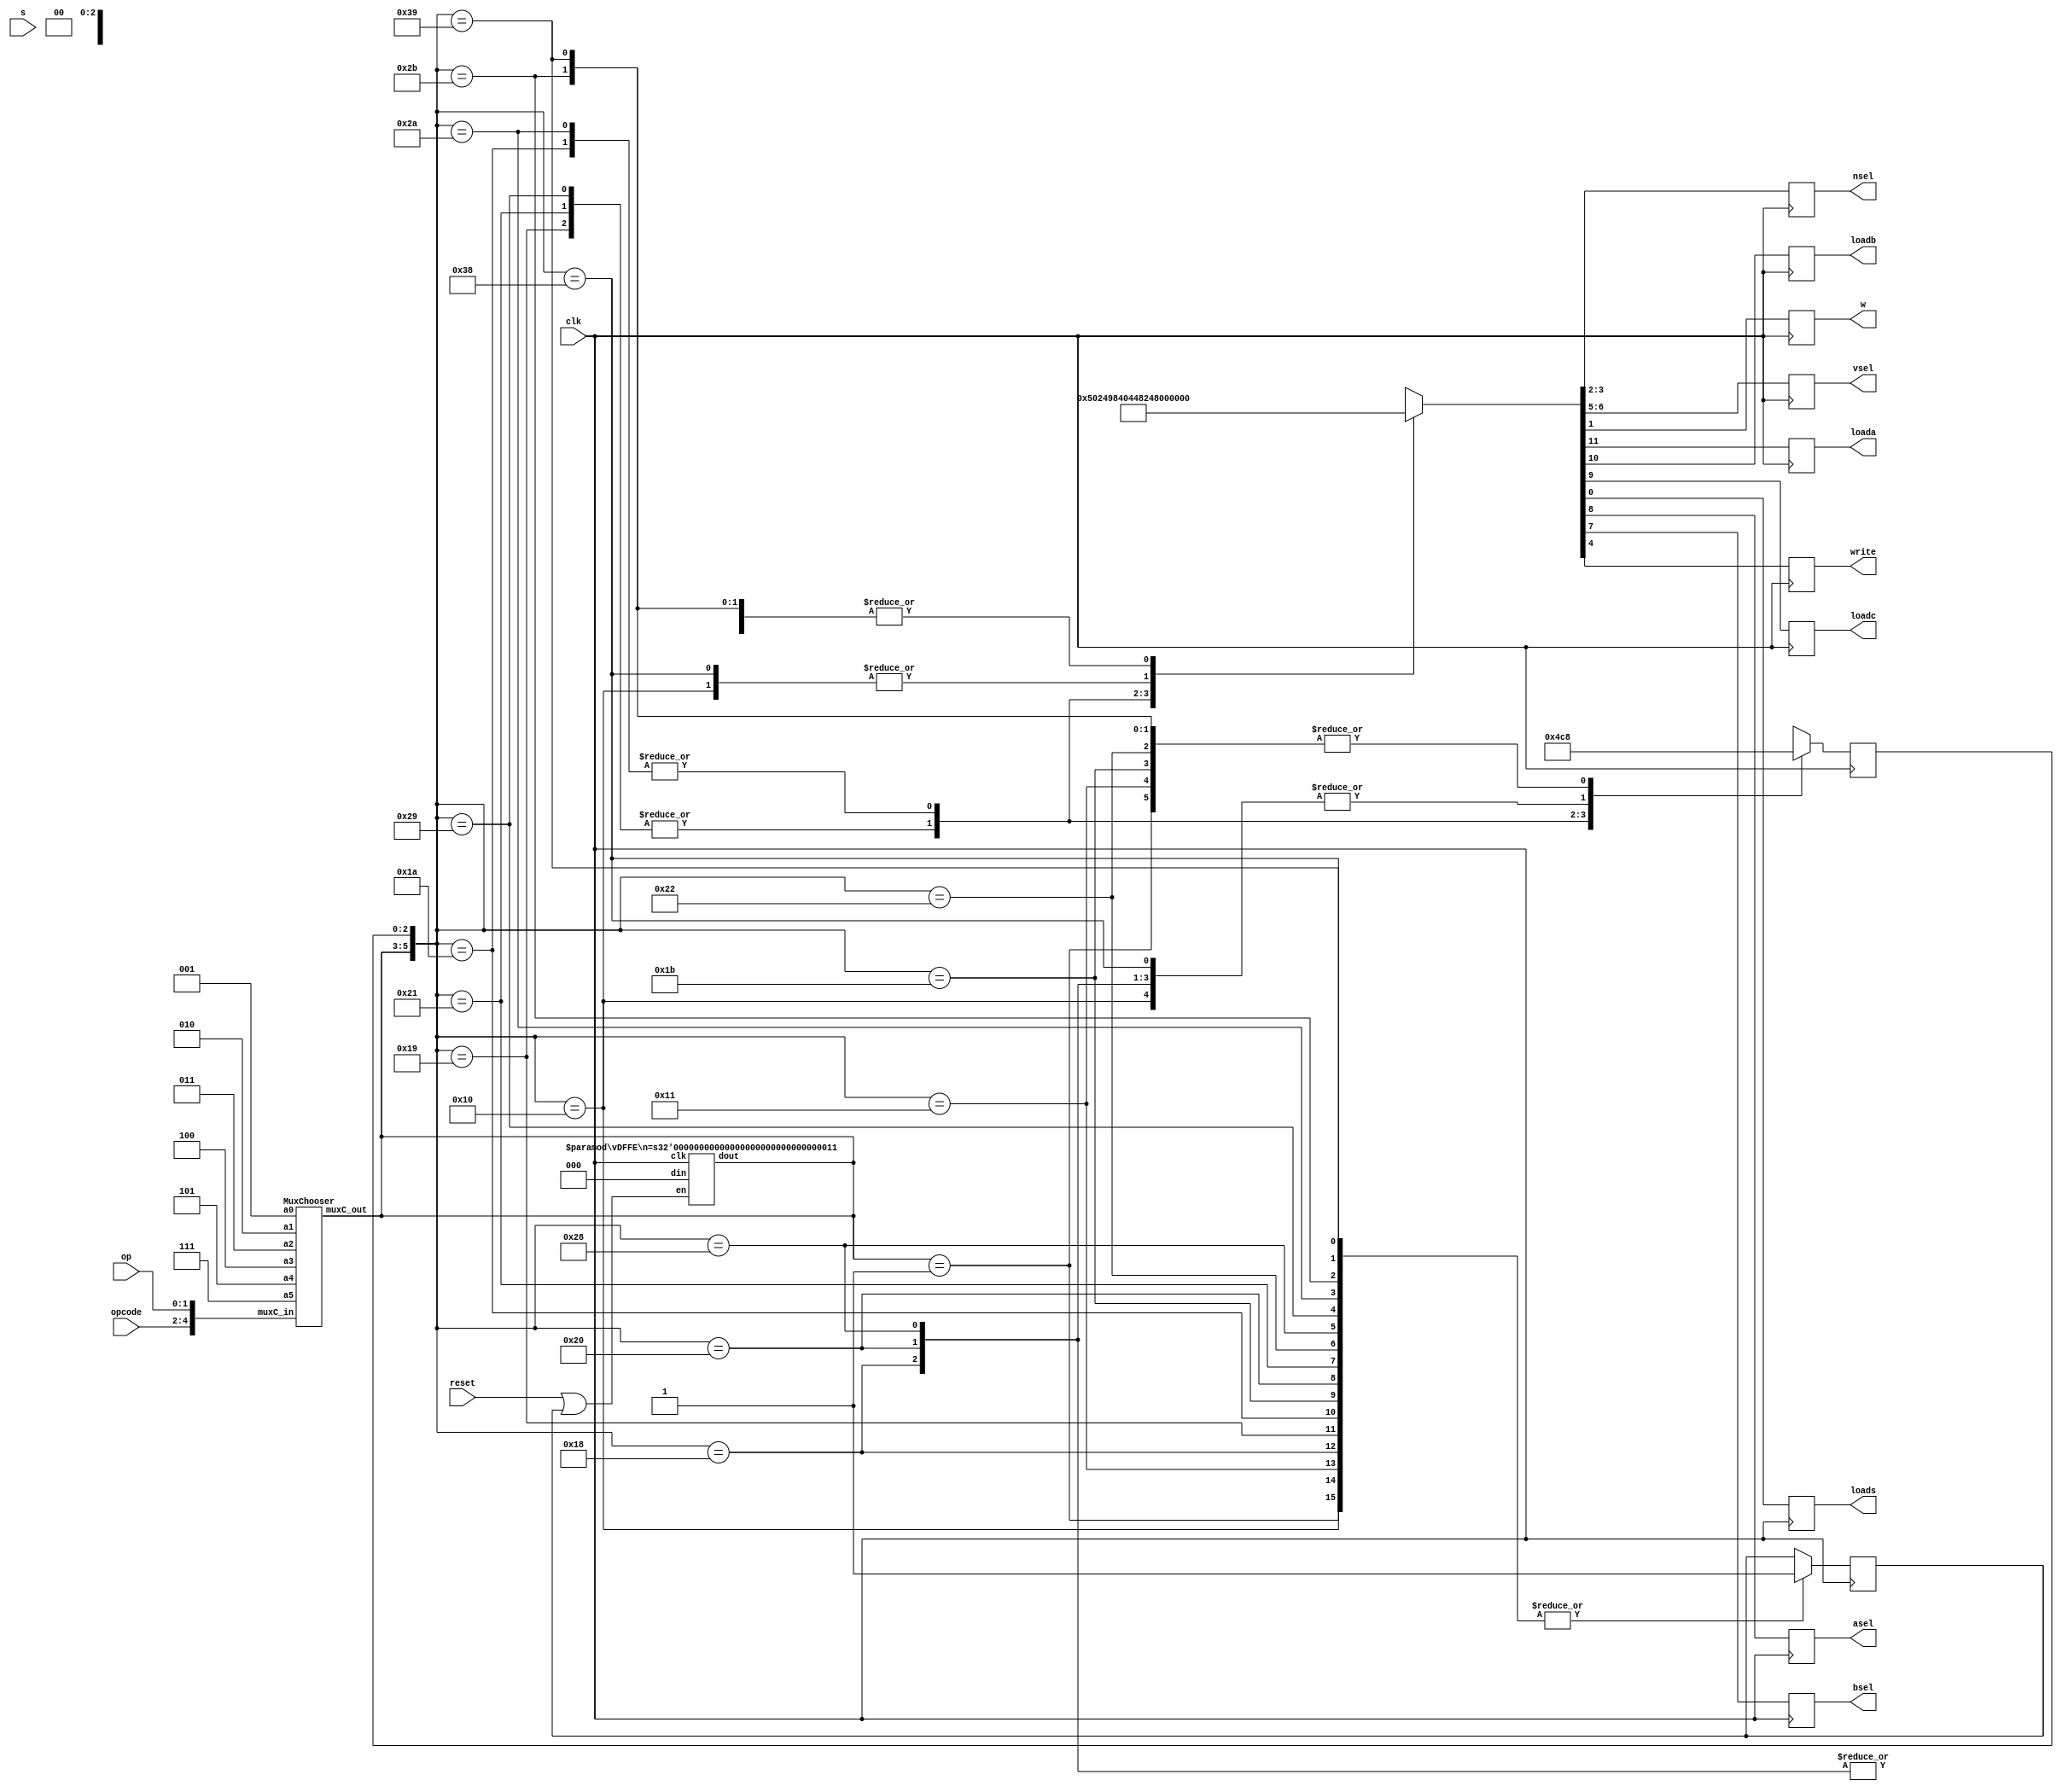
`define WAIT 3'b000 
`define MOVRn 3'b001
`define MOVRd 3'b010
`define ADD 3'b011
`define CMP 3'b100
`define AND 3'b101
`define MVN 3'b111

//FINITE STATE MACHINE 
module FSM_chooser(clk, s, reset, opcode, op, nsel, w, loada, loadb, loadc, loads, asel, bsel, write, vsel);
  //inputs and outputs
  input clk, s, reset;
  input [2:0] opcode;
  input [1:0] op;
  
  output [1:0] nsel, vsel;
  output w, loada, loadb, loadc, loads, asel, bsel, write;
  
  reg loada, loadb, loadc, loads, asel, bsel, write, w;
  reg [1:0] nsel, vsel; 
  reg [2:0] step;
  reg [2:0] next_state;

  reg custom;

  wire [2:0] chosenOne;
  wire wANDs = w & s;
  
  MuxChooser choose(`MVN, `AND, `CMP, `ADD, `MOVRd, `MOVRn, {opcode, op}, chosenOne);
  vDFFE #(3) vSelFF(clk, resetOrcustom, `WAIT, chosenOne);

  assign resetOrcustom = reset | custom;

  always @(posedge clk) begin
    next_state  = chosenOne;
    casex ({next_state, step}) 
      {`MOVRn, 3'bx}: {loada, loadb, loadc, asel, bsel, vsel, write, nsel, w, loads, custom, step} = {12'b0_0_0_0_0_10_1_00_0_0, 1'b1, 3'd0};
       
      {`MOVRd, 3'd0}: {loada, loadb, loadc, asel, bsel, vsel, write, nsel, w, loads, custom, step} = {12'b0_1_1_1_0_10_0_10_0_0, 1'b1, 3'd1};
      {`MOVRd, 3'd1}: {loada, loadb, loadc, asel, bsel, vsel, write, nsel, w, loads, custom, step} = {12'b0_0_0_0_0_00_1_01_0_0, 1'b1, 3'd0};
        
      {`ADD, 3'd0}: {loada, loadb, loadc, asel, bsel, vsel, write, nsel, w, loads, custom, step} = {12'b1_0_0_0_0_10_0_00_0_0, 1'b1, 3'd1};
      {`ADD, 3'd1}: {loada, loadb, loadc, asel, bsel, vsel, write, nsel, w, loads, custom, step} = {12'b0_1_0_0_0_10_0_10_0_0, 1'b1, 3'd2};
      {`ADD, 3'd2}: {loada, loadb, loadc, asel, bsel, vsel, write, nsel, w, loads, custom, step} = {12'b0_0_1_0_0_10_0_10_0_0, 1'b1, 3'd3};
      {`ADD, 3'd3}: {loada, loadb, loadc, asel, bsel, vsel, write, nsel, w, loads, custom, step} = {12'b0_0_0_0_0_00_1_01_0_0, 1'b1, 3'd0};
        
      {`CMP, 3'd0}: {loada, loadb, loadc, asel, bsel, vsel, write, nsel, w, loads, custom, step} = {12'b1_0_0_0_0_10_0_00_0_0, 1'b1, 3'd1};
      {`CMP, 3'd1}: {loada, loadb, loadc, asel, bsel, vsel, write, nsel, w, loads, custom, step} = {12'b0_1_0_0_0_10_0_10_0_0, 1'b1, 3'd2};
      {`CMP, 3'd2}: {loada, loadb, loadc, asel, bsel, vsel, write, nsel, w, loads, custom, step} = {12'b0_0_1_0_0_10_0_10_0_1, 1'b1, 3'd0};
        
      {`AND, 3'd0}: {loada, loadb, loadc, asel, bsel, vsel, write, nsel, w, loads, custom, step} = {12'b1_0_0_0_0_10_0_00_0_0, 1'b1, 3'd1};
      {`AND, 3'd1}: {loada, loadb, loadc, asel, bsel, vsel, write, nsel, w, loads, custom, step} = {12'b0_1_0_0_0_10_0_10_0_0, 1'b1, 3'd2};
      {`AND, 3'd2}: {loada, loadb, loadc, asel, bsel, vsel, write, nsel, w, loads, custom, step} = {12'b0_0_1_0_0_10_0_10_0_0, 1'b1, 3'd3};
      {`AND, 3'd3}: {loada, loadb, loadc, asel, bsel, vsel, write, nsel, w, loads, custom, step} = {12'b0_0_0_0_0_00_1_01_0_0, 1'b1, 3'd0};
        
      {`MVN, 3'd0}: {loada, loadb, loadc, asel, bsel, vsel, write, nsel, w, loads, custom, step} = {12'b0_1_1_1_0_10_0_10_0_0, 1'b1, 3'd1};
      {`MVN, 3'd1}: {loada, loadb, loadc, asel, bsel, vsel, write, nsel, w, loads, custom, step} = {12'b0_0_0_0_0_00_1_01_0_0, 1'b1, 3'd0};
          
      default:{loada, loadb, loadc, asel, bsel, vsel, write, nsel, w, loads, next_state, step} = {16'bx};
    endcase 
  end           
endmodule 


module MuxChooser(a5, a4, a3, a2, a1, a0, muxC_in, muxC_out) ;
  parameter k = 3;
  parameter m = 5;
  input [k-1:0] a5, a4, a3, a2, a1, a0;  // inputs
  input  [m-1:0] muxC_in;          
  output [k-1:0] muxC_out;
  reg [k-1:0] muxC_out;
    

  always @(*) begin
    casex(muxC_in)
      5'b110_10: muxC_out = a0;
      5'b110_00: muxC_out = a1;
      5'b101_00: muxC_out = a2;
      5'b101_01: muxC_out = a3;
      5'b101_10: muxC_out = a4;
      default: muxC_out = {k{1'bx}};
    endcase
  end 
endmodule

//load enabled register 
module vDFFE(clk, en, din, dout);
  parameter n = 16;
  input clk, en;
  input [n-1:0] din;
  output [n-1:0] dout;
  reg [n-1:0] dout;
  wire [n-1:0] next_out;

  assign next_out = en ? din : dout;

  always @(posedge clk) begin
    dout = next_out;
  end
  
endmodule